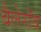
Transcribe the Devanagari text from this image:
बैलेरॉय